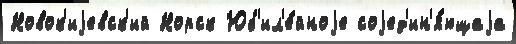
Новок'иjевск'ий Норск Юб'ил'е́йноjе соjед'ин'я́ющаjа